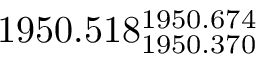
1 9 5 0 . 5 1 8 _ { 1 9 5 0 . 3 7 0 } ^ { 1 9 5 0 . 6 7 4 }